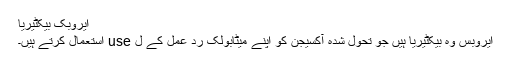
ایروبک بیکٹیریا
ایروبس وہ بیکٹیریا ہیں جو تحول شدہ آکسیجن کو اپنے میٹابولک رد عمل کے ل use استعمال کرتے ہیں۔